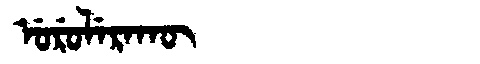
Manchu: ᡠᡵᡠᠯᡝᡵᠠᡴᡡ
Romanization: URULERAKŪ